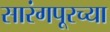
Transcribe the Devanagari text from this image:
सारंगपूरच्या